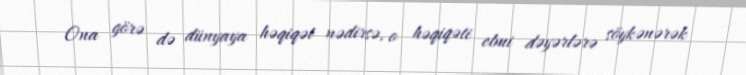
Ona görə də dünyaya həqiqət nədirsə, o həqiqəti elmi dəyərlərə söykənərək